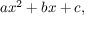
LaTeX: a x ^ { 2 } + b x + c ,